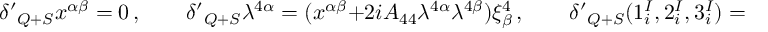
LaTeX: { \delta ^ { \prime } } _ { Q + S } x ^ { \alpha \beta } = 0 \, , \qquad { \delta ^ { \prime } } _ { Q + S } \lambda ^ { 4 \alpha } = ( x ^ { \alpha \beta } + 2 i A _ { 4 4 } \lambda ^ { 4 \alpha } \lambda ^ { 4 \beta } ) \xi _ { \beta } ^ { 4 } \, , \qquad { \delta ^ { \prime } } _ { Q + S } ( 1 _ { i } ^ { I } , 2 _ { i } ^ { I } , 3 _ { i } ^ { I } ) = 0 \, .